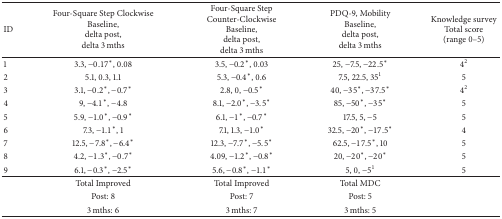
<table><thead><tr><td><b>ID</b></td><td><b>Four-Square Step Clockwise Baseline,delta post,delta 3 mths</b></td><td><b>Four-Square Step Counter<i>-</i>Clockwise Baseline,delta post,delta 3 mths</b></td><td><b>PDQ-9, Mobility Baseline,delta post,delta 3 mths</b></td><td><b>Knowledge survey Total score(range 0–5)</b></td></tr></thead><tbody><tr><td>1</td><td>3.3, −0.17<sup><i>∗</i></sup>, 0.08</td><td>3.5, −0.2<sup><i>∗</i></sup>, 0.03</td><td>25, −7.5, −22.5<sup><i>∗</i></sup></td><td>4<sup>2</sup></td></tr><tr><td>2</td><td>5.1, 0.3, 1.1</td><td>5.3, −0.4<sup><i>∗</i></sup>, 0.6</td><td>7.5, 22.5, 35<sup>1</sup></td><td>5</td></tr><tr><td>3</td><td>3.1, −0.2<sup><i>∗</i></sup>, −0.7<sup><i>∗</i></sup></td><td>2.8, 0, −0.5<sup><i>∗</i></sup></td><td>40, −35<sup><i>∗</i></sup>, −37.5<sup><i>∗</i></sup></td><td>4<sup>2</sup></td></tr><tr><td>4</td><td>9, −4.1<sup><i>∗</i></sup>, −4.8</td><td>8.1, −2.0<sup><i>∗</i></sup>, −3.5<sup><i>∗</i></sup></td><td>85, −50<sup><i>∗</i></sup>, −35<sup><i>∗</i></sup></td><td>5</td></tr><tr><td>5</td><td>5.9, −1.0<sup><i>∗</i></sup>, −0.9<sup><i>∗</i></sup></td><td>6.1, −1<sup><i>∗</i></sup>, −0.7<sup><i>∗</i></sup></td><td>17.5, 5, −5</td><td>5</td></tr><tr><td>6</td><td>7.3, −1.1<sup><i>∗</i></sup>, 1</td><td>7.1, 1.3, −1.0<sup><i>∗</i></sup></td><td>32.5, −20<sup><i>∗</i></sup>, −17.5<sup><i>∗</i></sup></td><td>4</td></tr><tr><td>7</td><td>12.5, −7.8<sup><i>∗</i></sup>, −6.4<sup><i>∗</i></sup></td><td>12.3, −7.7<sup><i>∗</i></sup>, −5.5<sup><i>∗</i></sup></td><td>62.5, −17.5<sup><i>∗</i></sup>, 10</td><td>5</td></tr><tr><td>8</td><td>4.2, −1.3<sup><i>∗</i></sup>, −0.7<sup><i>∗</i></sup></td><td>4.09, −1.2<sup><i>∗</i></sup>, −0.8<sup><i>∗</i></sup></td><td>20, −20<sup><i>∗</i></sup>, −20<sup><i>∗</i></sup></td><td>5</td></tr><tr><td>9</td><td>6.1, −0.3<sup><i>∗</i></sup>, −2.5<sup><i>∗</i></sup></td><td>5.6, −0.8<sup><i>∗</i></sup>, −1.1<sup><i>∗</i></sup></td><td>5, 0, −5<sup>1</sup></td><td>5</td></tr><tr><td rowspan="3"> </td><td>Total Improved</td><td>Total Improved</td><td>Total MDC</td><td rowspan="3"> </td></tr><tr><td>Post: 8</td><td>Post: 7</td><td>Post: 5</td></tr><tr><td> 3 mths: 6</td><td>3 mths: 7</td><td>3 mths: 5</td></tr></tbody></table>